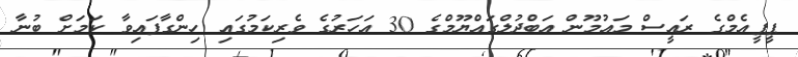
ޕީޕީއެމްގެ ރައީސް މައުމޫން އަބްދުލްގައްޔޫމްގެ 30 އަހަރުގެ ވެރިކަމުގައި ހިންގާފައިވާ ކަމަށް ބުނާ